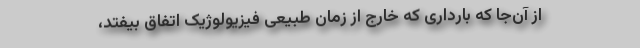
از آن‌جا که بارداری که خارج از زمان طبیعی فیزیولوژیک اتفاق بیفتد،